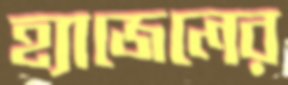
হ্যাজেলের